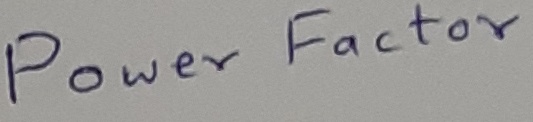
Text: Power Factor